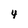
Character: 4